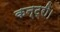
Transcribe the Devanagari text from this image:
कन्ट्री।